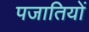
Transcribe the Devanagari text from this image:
पजातियों